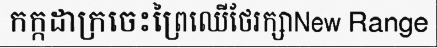
កក្កដាក្រចេះព្រៃឈើថែរក្សាNew Range